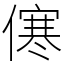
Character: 㒏